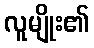
လူမျိုး၏